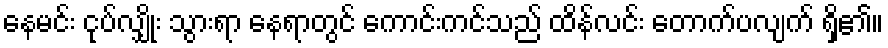
နေမင်း ငုပ်လျှိုး သွားရာ နေရာတွင် ကောင်းကင်သည် ထိန်လင်း တောက်ပလျက် ရှိ၏။